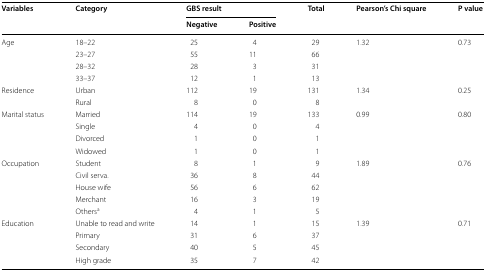
<table><thead><tr><td rowspan="2"><b>Variables</b></td><td rowspan="2"><b>Category</b></td><td colspan="2"><b>GBS result</b></td><td rowspan="2"><b>Total</b></td><td rowspan="2"><b>Pearson’s Chi square</b></td><td rowspan="2"><b>P value</b></td></tr><tr><td><b>Negative</b></td><td><b>Positive</b></td></tr></thead><tbody><tr><td rowspan="4">Age</td><td>18–22</td><td>25</td><td>4</td><td>29</td><td rowspan="4">1.32</td><td rowspan="4">0.73</td></tr><tr><td>23–27</td><td>55</td><td>11</td><td>66</td></tr><tr><td>28–32</td><td>28</td><td>3</td><td>31</td></tr><tr><td>33–37</td><td>12</td><td>1</td><td>13</td></tr><tr><td rowspan="2">Residence</td><td>Urban</td><td>112</td><td>19</td><td>131</td><td rowspan="2">1.34</td><td rowspan="2">0.25</td></tr><tr><td>Rural</td><td>8</td><td>0</td><td>8</td></tr><tr><td rowspan="4">Marital status</td><td>Married</td><td>114</td><td>19</td><td>133</td><td rowspan="4">0.99</td><td rowspan="4">0.80</td></tr><tr><td>Single</td><td>4</td><td>0</td><td>4</td></tr><tr><td>Divorced</td><td>1</td><td>0</td><td>1</td></tr><tr><td>Widowed</td><td>1</td><td>0</td><td>1</td></tr><tr><td rowspan="5">Occupation</td><td>Student</td><td>8</td><td>1</td><td>9</td><td rowspan="5">1.89</td><td rowspan="5">0.76</td></tr><tr><td>Civil serva.</td><td>36</td><td>8</td><td>44</td></tr><tr><td>House wife</td><td>56</td><td>6</td><td>62</td></tr><tr><td>Merchant</td><td>16</td><td>3</td><td>19</td></tr><tr><td>Others<sup>a</sup></td><td>4</td><td>1</td><td>5</td></tr><tr><td rowspan="4">Education</td><td>Unable to read and write</td><td>14</td><td>1</td><td>15</td><td rowspan="4">1.39</td><td rowspan="4">0.71</td></tr><tr><td>Primary</td><td>31</td><td>6</td><td>37</td></tr><tr><td>Secondary</td><td>40</td><td>5</td><td>45</td></tr><tr><td>High grade</td><td>35</td><td>7</td><td>42</td></tr></tbody></table>